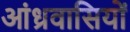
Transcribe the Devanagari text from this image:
आंध्रवासियों